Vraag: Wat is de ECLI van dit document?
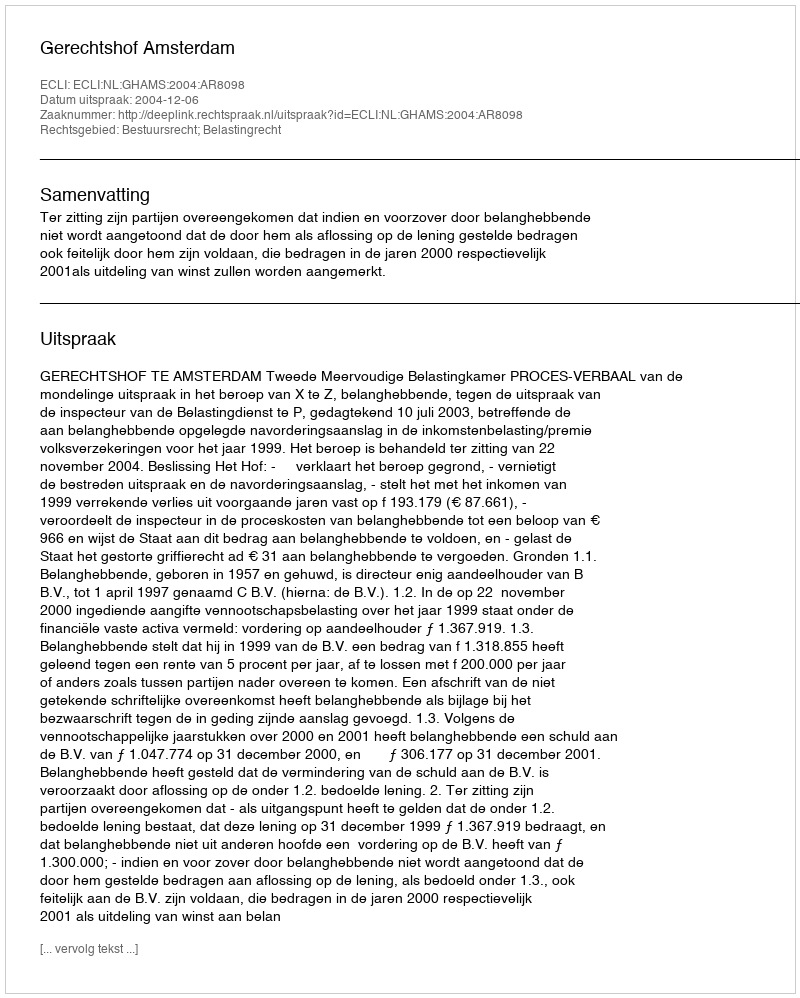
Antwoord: ECLI:NL:GHAMS:2004:AR8098